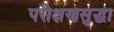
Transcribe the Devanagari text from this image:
परीक्षणसुद्धा